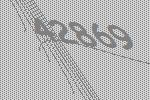
42869